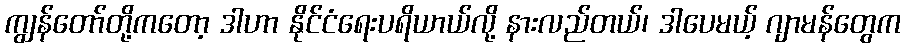
ကျွန်တော်တို့ကတော့ ဒါဟာ နိုင်ငံရေးပရိယာယ်လို့ နားလည်တယ်၊ ဒါပေမယ့် ဂျာမန်တွေက